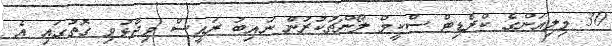
30 މިލިއަންގެ ކްރެޑިޓް ސްކީމް ލޯންޗުކުރުން ނައިބު ރައީސް ވިދާޅުވި ގޮތުގައި އެ